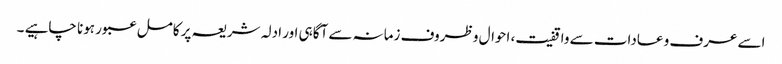
اسے عرف و عادات سے واقفیت، احوال و ظروف زمانہ سے آگاہی اور ادلہ شریعہ پر کامل عبور ہونا چاہیے ۔